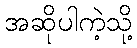
အဆိုပါကဲ့သို့